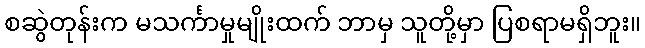
စဆွဲတုန်းက မသင်္ကာမှုမျိုးထက် ဘာမှ သူတို့မှာ ပြစရာမရှိဘူး။